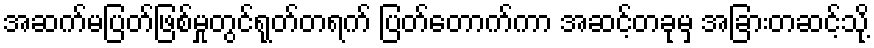
အဆက်မပြတ်ဖြစ်မှုတွင်ရုတ်တရက် ပြတ်တောက်ကာ အဆင့်တခုမှ အခြားတဆင့်သို့